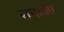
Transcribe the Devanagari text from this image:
समाजां